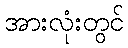
အားလုံးတွင်